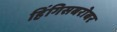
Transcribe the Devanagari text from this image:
हिंगिसबरोबर